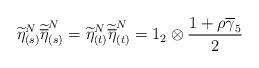
LaTeX: \begin{align*}\widetilde{\eta }^{N}_{(s)}\widetilde{\overline{\eta }}^{N}_{(s)}=\widetilde{\eta }^{N}_{(t)}\widetilde{\overline{\eta }}^{N}_{(t)}=1_{2}\otimes \frac{1+\rho \overline{\gamma }_{5}}{2}\end{align*}